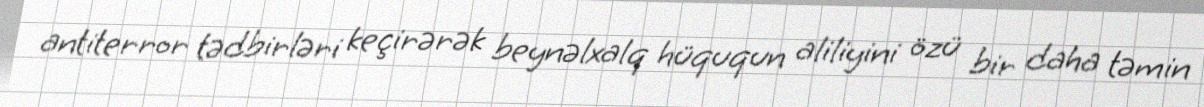
antiterror tədbirləri keçirərək beynəlxalq hüququn aliliyini özü bir daha təmin